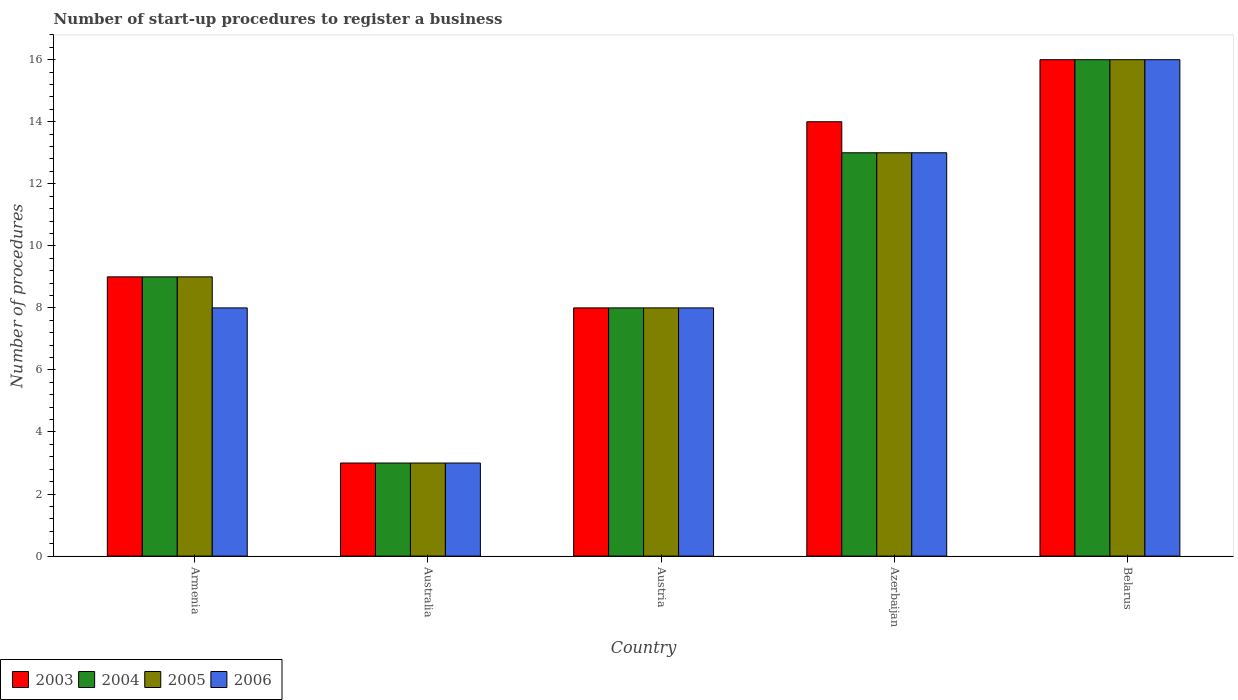
| Country | 2003 | 2004 | 2005 | 2006 |
 | --- | --- | --- | --- | --- |
 | Armenia | 9 | 9 | 9 | 8 |
 | Australia | 3 | 3 | 3 | 3 |
 | Austria | 8 | 8 | 8 | 8 |
 | Azerbaijan | 14 | 13 | 13 | 13 |
 | Belarus | 16 | 16 | 16 | 16 |